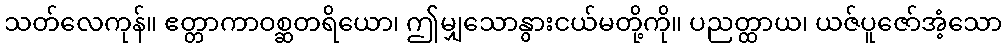
သတ်လေကုန်။ ဧတ္တာကာဝစ္ဆတရိယော၊ ဤမျှသောနွားငယ်မတို့ကို။ ပညတ္ထာယ၊ ယဇ်ပူဇော်အံ့သော